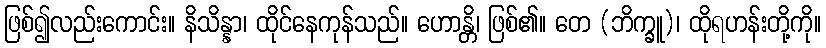
ဖြစ်၍လည်းကောင်း။ နိသိန္နာ၊ ထိုင်နေကုန်သည်။ ဟောန္တိ၊ ဖြစ်၏။ တေ (ဘိက္ခူ)၊ ထိုရဟန်းတို့ကို။